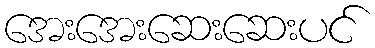
အေးအေးဆေးဆေးပင်